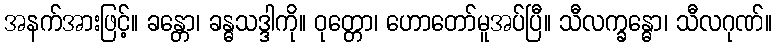
အနက်အားဖြင့်။ ခန္တော၊ ခန္ဓသဒ္ဒါကို။ ဝုတ္တော၊ ဟောတော်မူအပ်ပြီ။ သီလက္ခန္ဓော၊ သီလဂုဏ်။